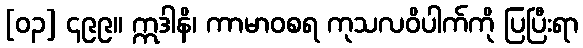
[၀၃] ၄၉၉။ ဣဒါနိ၊ ကာမာဝစရ ကုသလဝိပါက်ကို ပြပြီးရာ